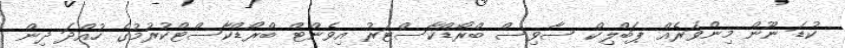
ކުޑަ ނޫން މިންވަރެއް ޕަބްލިކް ސާވިސް ބްރޯޑްކާސްޓަރު އިވެންޓް ބްރޯޑްކާސްޓްކުރުމުގެ ހުއްދަ ދިން